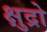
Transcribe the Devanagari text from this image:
क्षुद्रो